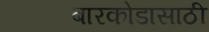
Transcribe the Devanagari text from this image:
बारकोडासाठी